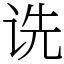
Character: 诜